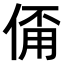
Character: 𠋊